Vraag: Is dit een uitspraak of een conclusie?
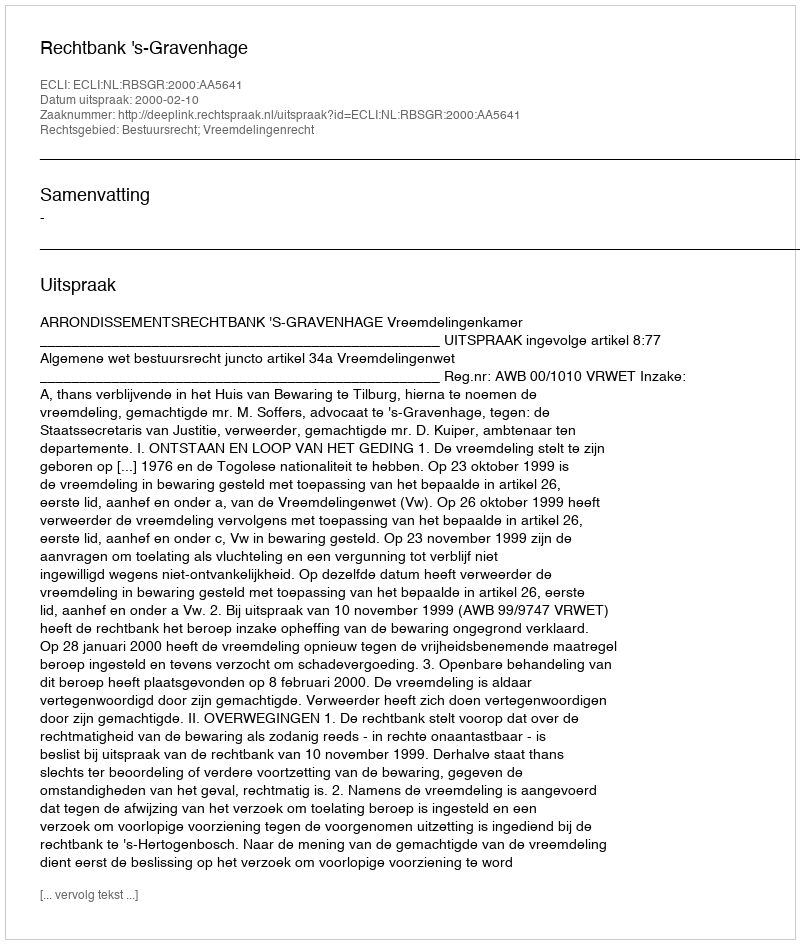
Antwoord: Uitspraak